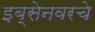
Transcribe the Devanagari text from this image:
इब्सेनवरचे